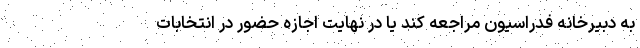
به دبیرخانه فدراسیون مراجعه کند یا در نهایت اجازه حضور در انتخابات